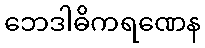
ဘေဒါဓိကရဏေန